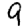
Digit: 9